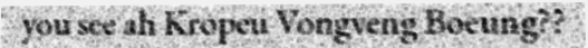
you see ah Kropeu Vongveng Boeung??